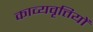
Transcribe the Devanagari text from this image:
काव्यवृत्तियों